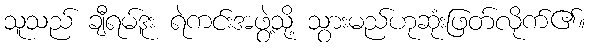
သူသည် ချီရမ်ဒူး ရဲကင်းအဖွဲ့သို့ သွားမည်ဟုဆုံးဖြတ်လိုက်၏။